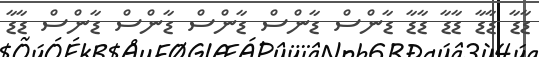
ޑާޑާ ޑާޑާ ޑާޑާ ޑާޑާ ޑާންްސް ޑާންސް ޑާންސް ޑާންސް ޑާންސް ޑާޑާ